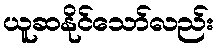
ယူဆနိုင်သော်လည်း